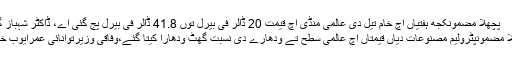
پچھلا مضمونکجھ ہفتیاں اچ خام تیل دی عالمی منڈی اچ قیمت 20 ڈالر فی بیرل توں 41.8 ڈالر فی بیرل پج گئی اے، ڈاکٹر شہباز گل
اگلا مضمونپٹرولیم مصنوعات دیاں قیمتاں اچ عالمی سطح تے ودھارے دی نسبت گھٹ ودھارا کیتا گئے،وفاقی وزیرتوانائی عمرایوب خان